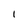
Character: l